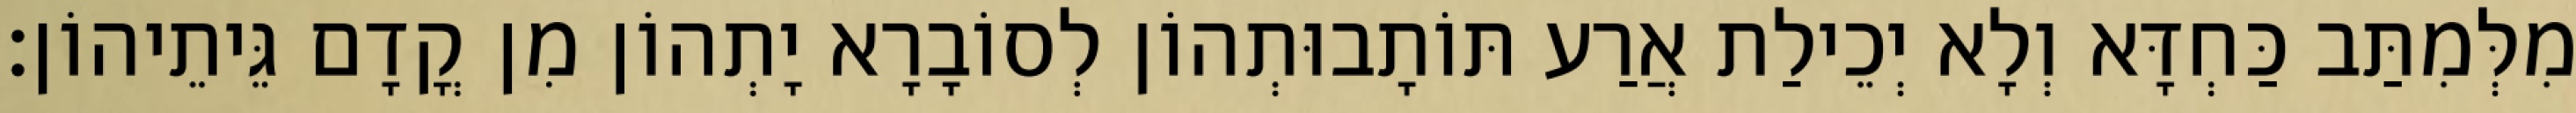
מִלְּמִתַּב כַּחְדָּא וְלָא יְכֵילַת אֲרַע תּוֹתָבוּתְהוֹן לְסוֹבָרָא יָתְהוֹן מִן קֳדָם גֵּיתֵיהוֹן׃